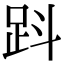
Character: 𧿫